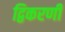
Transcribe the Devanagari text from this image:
द्विकरणी